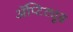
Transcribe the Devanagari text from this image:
ॲप्टिट्यूड